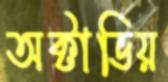
অক্টাভিয়